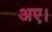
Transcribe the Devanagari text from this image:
अए।